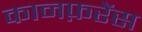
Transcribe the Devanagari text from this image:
कानफ़रेंस